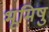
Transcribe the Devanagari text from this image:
भूमिषु